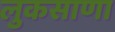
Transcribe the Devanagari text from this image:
लुकसाणा